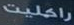
راكليت